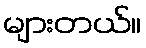
များတယ်။